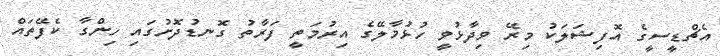
އެޗްޑީސީގެ އޮފިޝަލަކު މިރޭ ވިދާޅުވީ ހުޅުމާލޭގެ އިރުމަތީ ފަރާތު ގޮނޑުދޮށުގައި ހިންގާ ކެފޭތައް